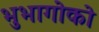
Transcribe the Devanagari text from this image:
भुभागोको